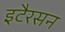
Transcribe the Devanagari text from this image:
इटैरसन